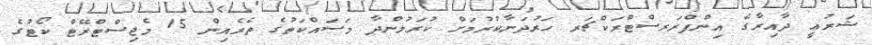
ޝަރުޢީ ދާއިރާގެ އިންފްރަރސްޓްރަކްޗަރ ހަރުދަނާކުރުމަށް ކުރަމުންދާ މަސައްކަތުގެ ތެރެއިން 15 މެޖިސްޓްރޭޓް ކޯޓުގެ